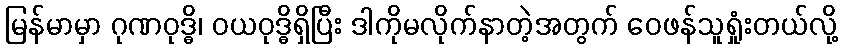
မြန်မာမှာ ဂုဏဝုဒ္ဓိ၊ ဝယဝုဒ္ဓိရှိပြီး ဒါကိုမလိုက်နာတဲ့အတွက် ဝေဖန်သူရှုံးတယ်လို့